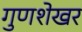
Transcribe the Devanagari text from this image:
गुणशेखर